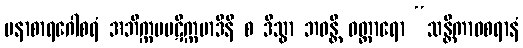
ပနာစာရဂေါစရံ အဘိက္ကမပဋိက္ကမာဒီနိ စ ဒိသွာ ဘဝန္တိ ဝတ္တာရော “သန္တိကာဝစရာနံ